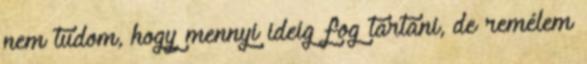
nem tudom, hogy mennyi ideig fog tartani, de remélem